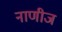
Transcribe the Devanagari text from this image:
नाणीज